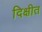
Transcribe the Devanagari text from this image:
दिक्षीत